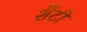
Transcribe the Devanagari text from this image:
शैंटी